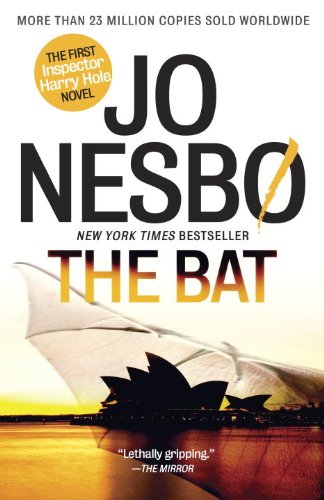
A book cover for The Bat: The First Inspector Harry Hole Novel (Vintage Crime/Black Lizard); Jo Nesbo; Mystery, Thriller & Suspense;